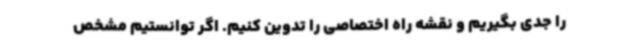
را جدی بگیریم و نقشه راه اختصاصی را تدوین کنیم. اگر توانستیم مشخص